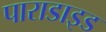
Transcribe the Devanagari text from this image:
पाराडाइड